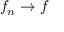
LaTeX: f _ { n } \rightarrow f